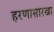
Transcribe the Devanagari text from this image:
हरणासारखा